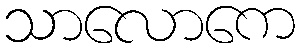
သာလောကေ